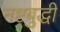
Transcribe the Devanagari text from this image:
नष्टबुद्धी